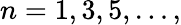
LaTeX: n=1,3,5,\ldots,